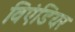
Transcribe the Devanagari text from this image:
विएंडियर